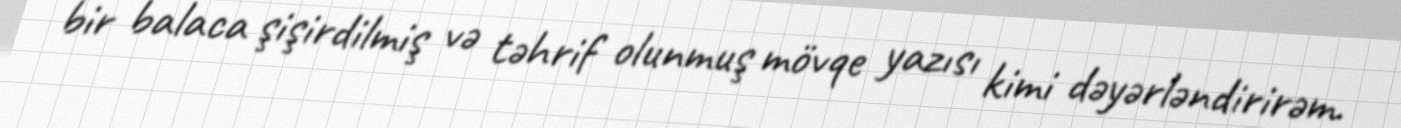
bir balaca şişirdilmiş və təhrif olunmuş mövqe yazısı kimi dəyərləndirirəm.